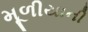
મૂળીયાની